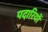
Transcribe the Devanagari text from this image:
पदारियों